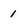
Character: 1